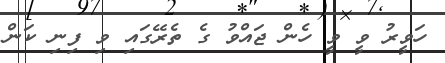
ހަވީރު ވީ ވީ ހެން ޖައްވު ގެ ތެރޭގައި ވި ފިނި ކަން